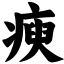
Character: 瘐